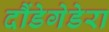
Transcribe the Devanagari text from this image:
दौंडेगेडेरा